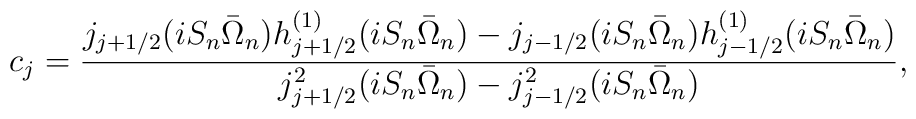
c_j={{j_{j+1/2}(i S_n \bar{\Omega}_n) h_{j+1/2}^{(1)}(i S_n \bar{\Omega}_n)- j_{j-1/2}(i S_n \bar{\Omega}_n) h_{j-1/2}^{(1)}(i S_n \bar{\Omega}_n)}\over{j_{j+1/2}^2(i S_n \bar{\Omega}_n) -j_{j-1/2}^2(i S_n \bar{\Omega}_n)}},